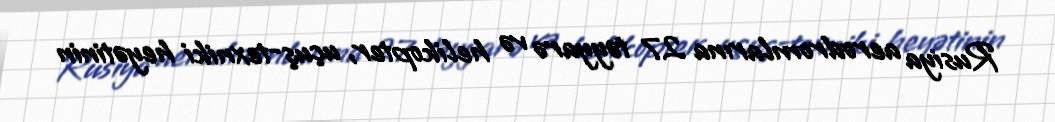
Rusiya aerodromlarına 27 təyyarə və helikopter, uçuş-texniki heyətinin